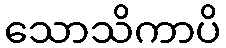
သောသိကာပိ